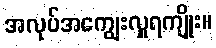
အလုပ်အကျွေးလှူရကျိုး။